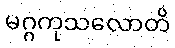
မဂ္ဂကုသလောတိ